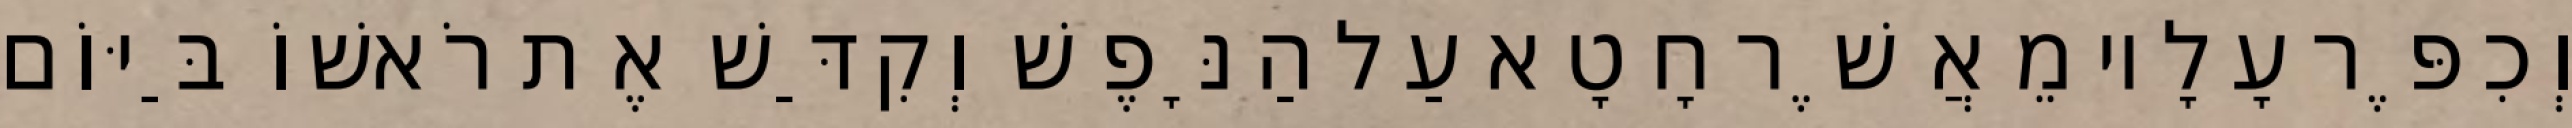
וְכִפֶּר עָלָיו מֵאֲשֶׁר חָטָא עַל הַנָּפֶשׁ וְקִדַּשׁ אֶת רֹאשׁוֹ בַּיּוֹם